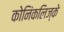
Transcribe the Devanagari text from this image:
कोनिंकलिज्के